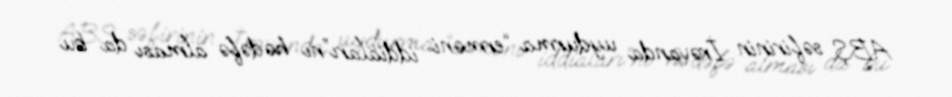
ABŞ səfirinin İrəvanda uydurma “erməni iddiaları”nı hədəfə alması da bu